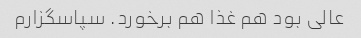
عالی بود هم غذا هم برخورد. سپاسگزارم